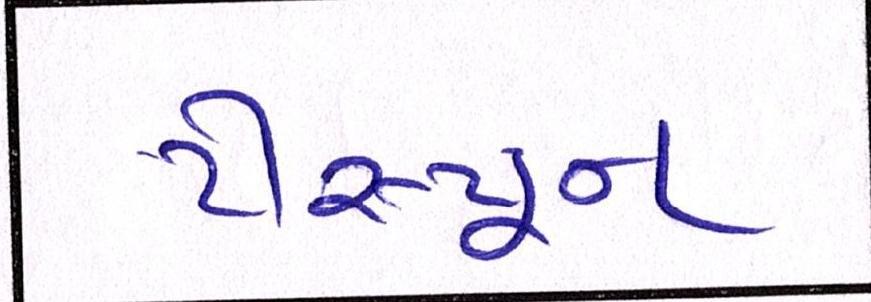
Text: ટીસ્પૂન